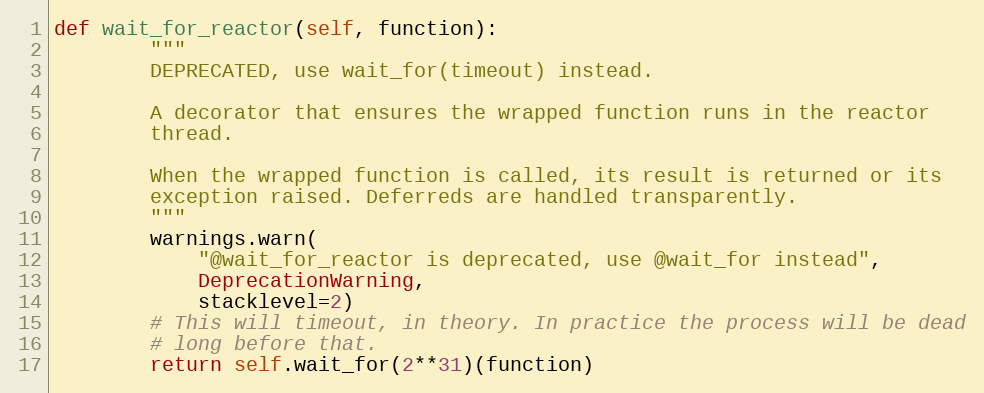
Language: Python
def wait_for_reactor(self, function):
        """
        DEPRECATED, use wait_for(timeout) instead.

        A decorator that ensures the wrapped function runs in the reactor
        thread.

        When the wrapped function is called, its result is returned or its
        exception raised. Deferreds are handled transparently.
        """
        warnings.warn(
            "@wait_for_reactor is deprecated, use @wait_for instead",
            DeprecationWarning,
            stacklevel=2)
        # This will timeout, in theory. In practice the process will be dead
        # long before that.
        return self.wait_for(2**31)(function)